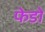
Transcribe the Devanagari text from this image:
फेडो